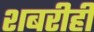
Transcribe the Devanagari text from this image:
शबरीही